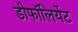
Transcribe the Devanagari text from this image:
डीफॉलियेंट